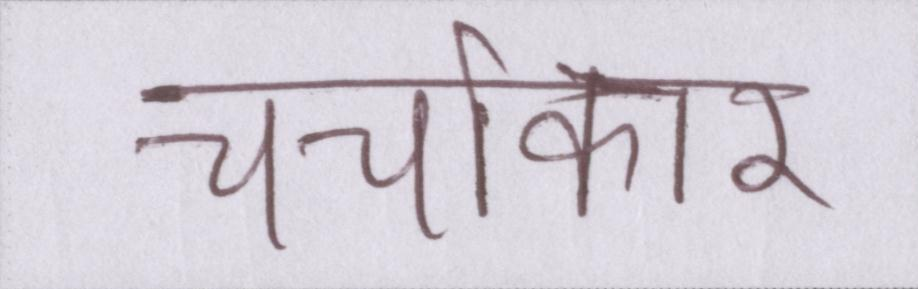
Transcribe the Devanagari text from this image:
चर्चाकार